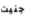
جنيت